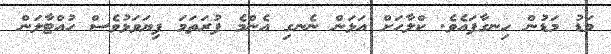
މަޑު މަޑުން ހިނގާފައެވެ. ކްލާހަށް އަޅަން ނެނގި އެންމެ ފުރަތަމަ ފިޔަވަޅުވެސް ހުއްޓާލަން